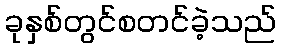
ခုနှစ်တွင်စတင်ခဲ့သည်